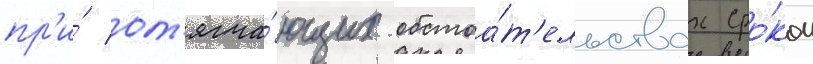
пр'и́ от'ягча́ющих обстоа́т'ельствах сро́ком